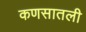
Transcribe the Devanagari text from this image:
कणसातली